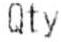
QTY